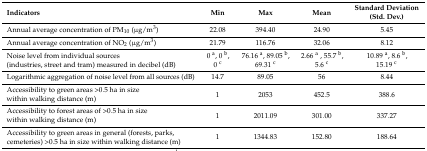
| Indicators | Min | Max | Mean | Standard Deviation (Std. Dev.) |
 | --- | --- | --- | --- | --- |
 | Annual average concentration of PM10 (μg/m3) | 22.08 | 394.40 | 24.90 | 5.45 |
 | Annual average concentration of NO2 (μg/m3) | 21.79 | 116.76 | 32.06 | 8.12 |
 | Noise level from individual sources (industries, street and tram) measured in decibel (dB) | 0 a, 0 b, 0 c | 76.16 a, 89.05 b, 69.31 c | 2.66 a , 55.7 b, 5.6 c | 10.89 a, 8.6 b, 15.19 c |
 | Logarithmic aggregation of noise level from all sources (dB) | 14.7 | 89.05 | 56 | 8.44 |
 | Accessibility to green areas >0.5 ha in size within walking distance (m) | 1 | 2053 | 452.5 | 388.6 |
 | Accessibility to forest areas of >0.5 ha in size within walking distance (m) | 1 | 2011.09 | 301.00 | 337.27 |
 | Accessibility to green areas in general (forests, parks, cemeteries) >0.5 ha in size within walking distance (m) | 1 | 1344.83 | 152.80 | 188.64 |